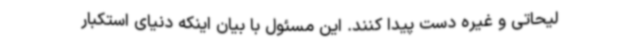
لیحاتی و غیره دست پیدا کنند. این مسئول با بیان اینکه دنیای استکبار